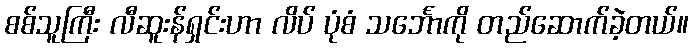
စစ်သူကြီး လီဆူးန်ရှင်းဟာ လိပ် ပုံစံ သင်္ဘောကို တည်ဆောက်ခဲ့တယ်။